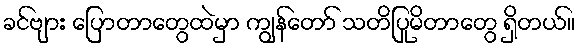
ခင်ဗျား ပြောတာတွေထဲမှာ ကျွန်တော် သတိပြုမိတာတွေ ရှိတယ်။